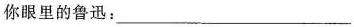
你眼里的鲁讯：___